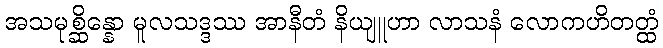
အသမုစ္ဆိန္နော မူလသဒ္ဒဿ အာနီတံ နိယျူဟာ လာသနံ လောကဟိတတ္ထံ